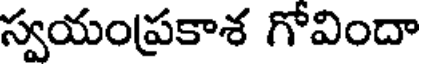
స్వయంప్రకాశ గోవిందా